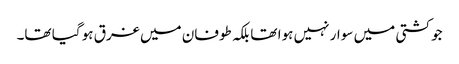
جو کشتی میں سوار نہیں ہوا تھا بلکہ طوفان میں غرق ہو گیا تھا۔